Holstre_vallavalitsus, lk 47
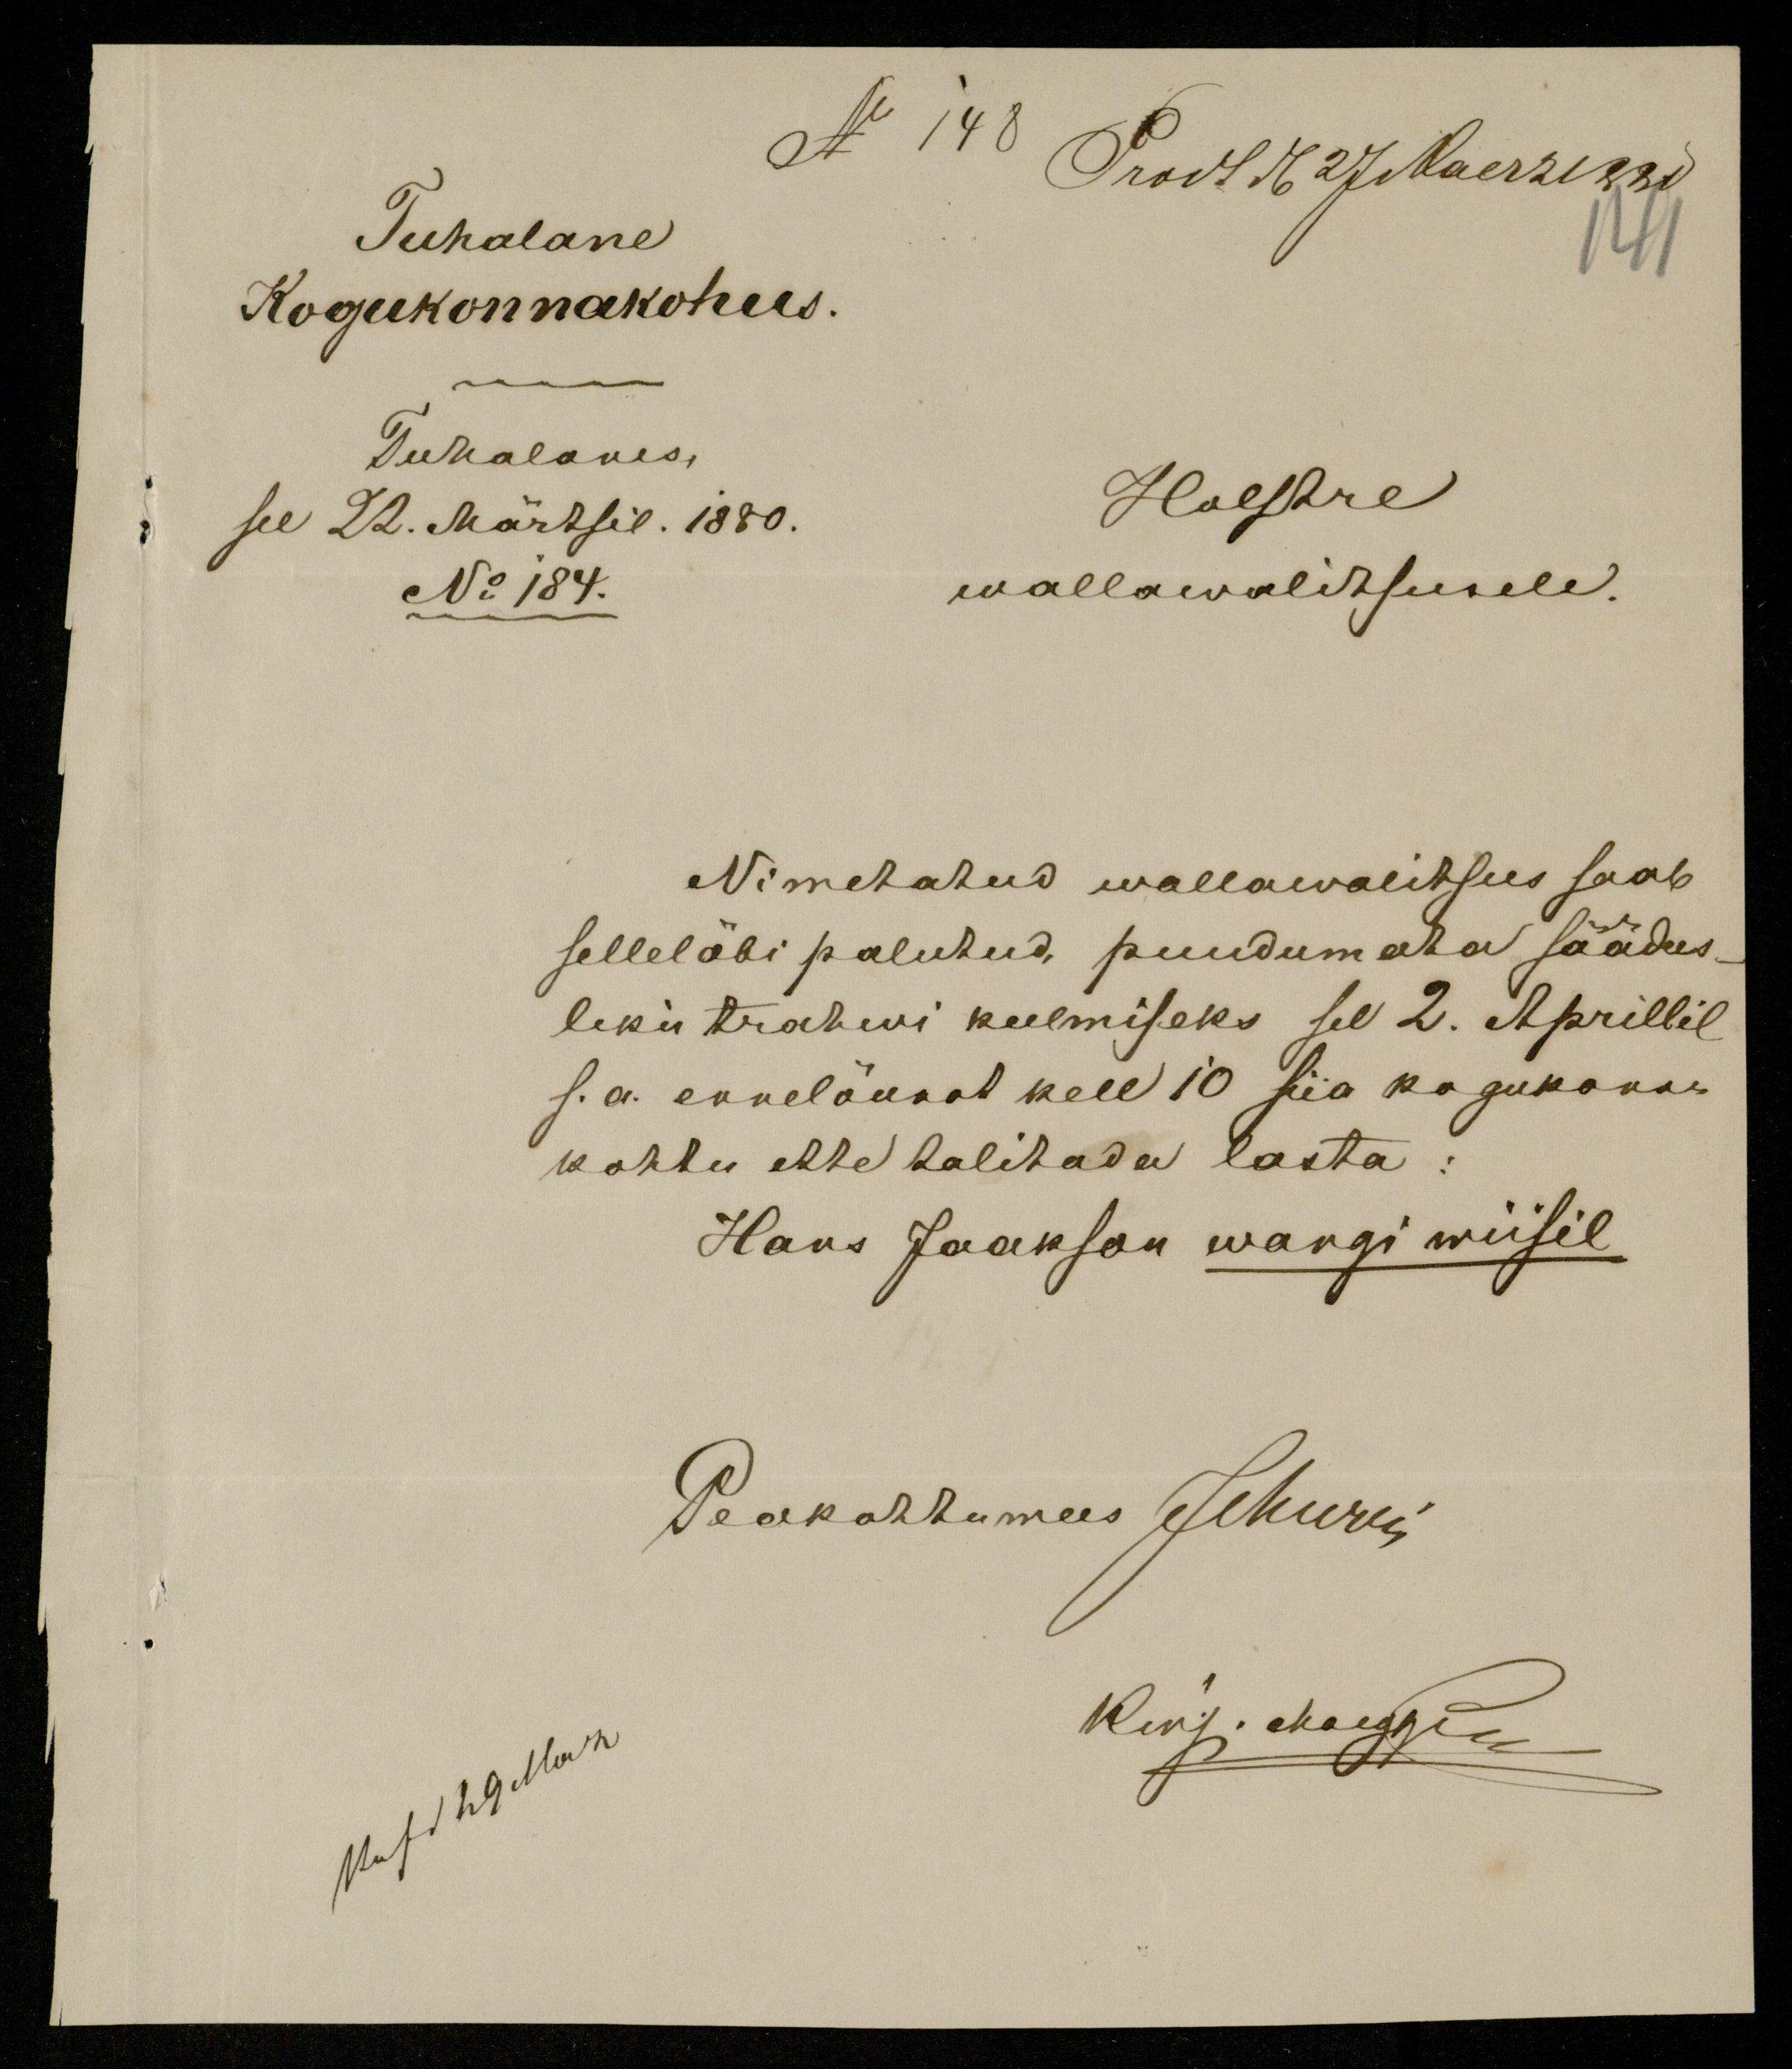
Tuhalane
N 148 Prodt d. 27 Maerz 1880
Kogukonnakohus.
Tuhalanes,
see 22. Märtsil. 1880.
Holstre
No 184.
wallawalitsusele.
Nimetatud wallawalitsus saab
selleläbi palutud puudumata säädus-
liku trahwi keelmiseks sel 2. Aprillil
s.a. ennelõunat kell 10 siia kogukonna-
kohtu ette talitada lasta:
Hans Jaakson wangi wiisil
Peakohtumees Jihuris
kup. 29 Mar
kirj. Maeggi